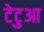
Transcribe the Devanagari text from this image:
टेटुआ